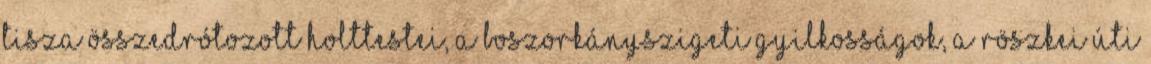
Tisza összedrótozott holttestei, a boszorkányszigeti gyilkosságok, a röszkei úti